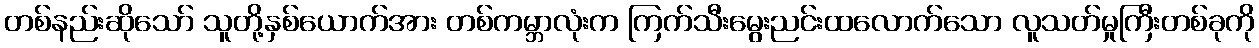
တစ်နည်းဆိုသော် သူတို့နှစ်ယောက်အား တစ်ကမ္ဘာလုံးက ကြက်သီးမွေးညင်းထလောက်သော လူသတ်မှုကြီးတစ်ခုကို